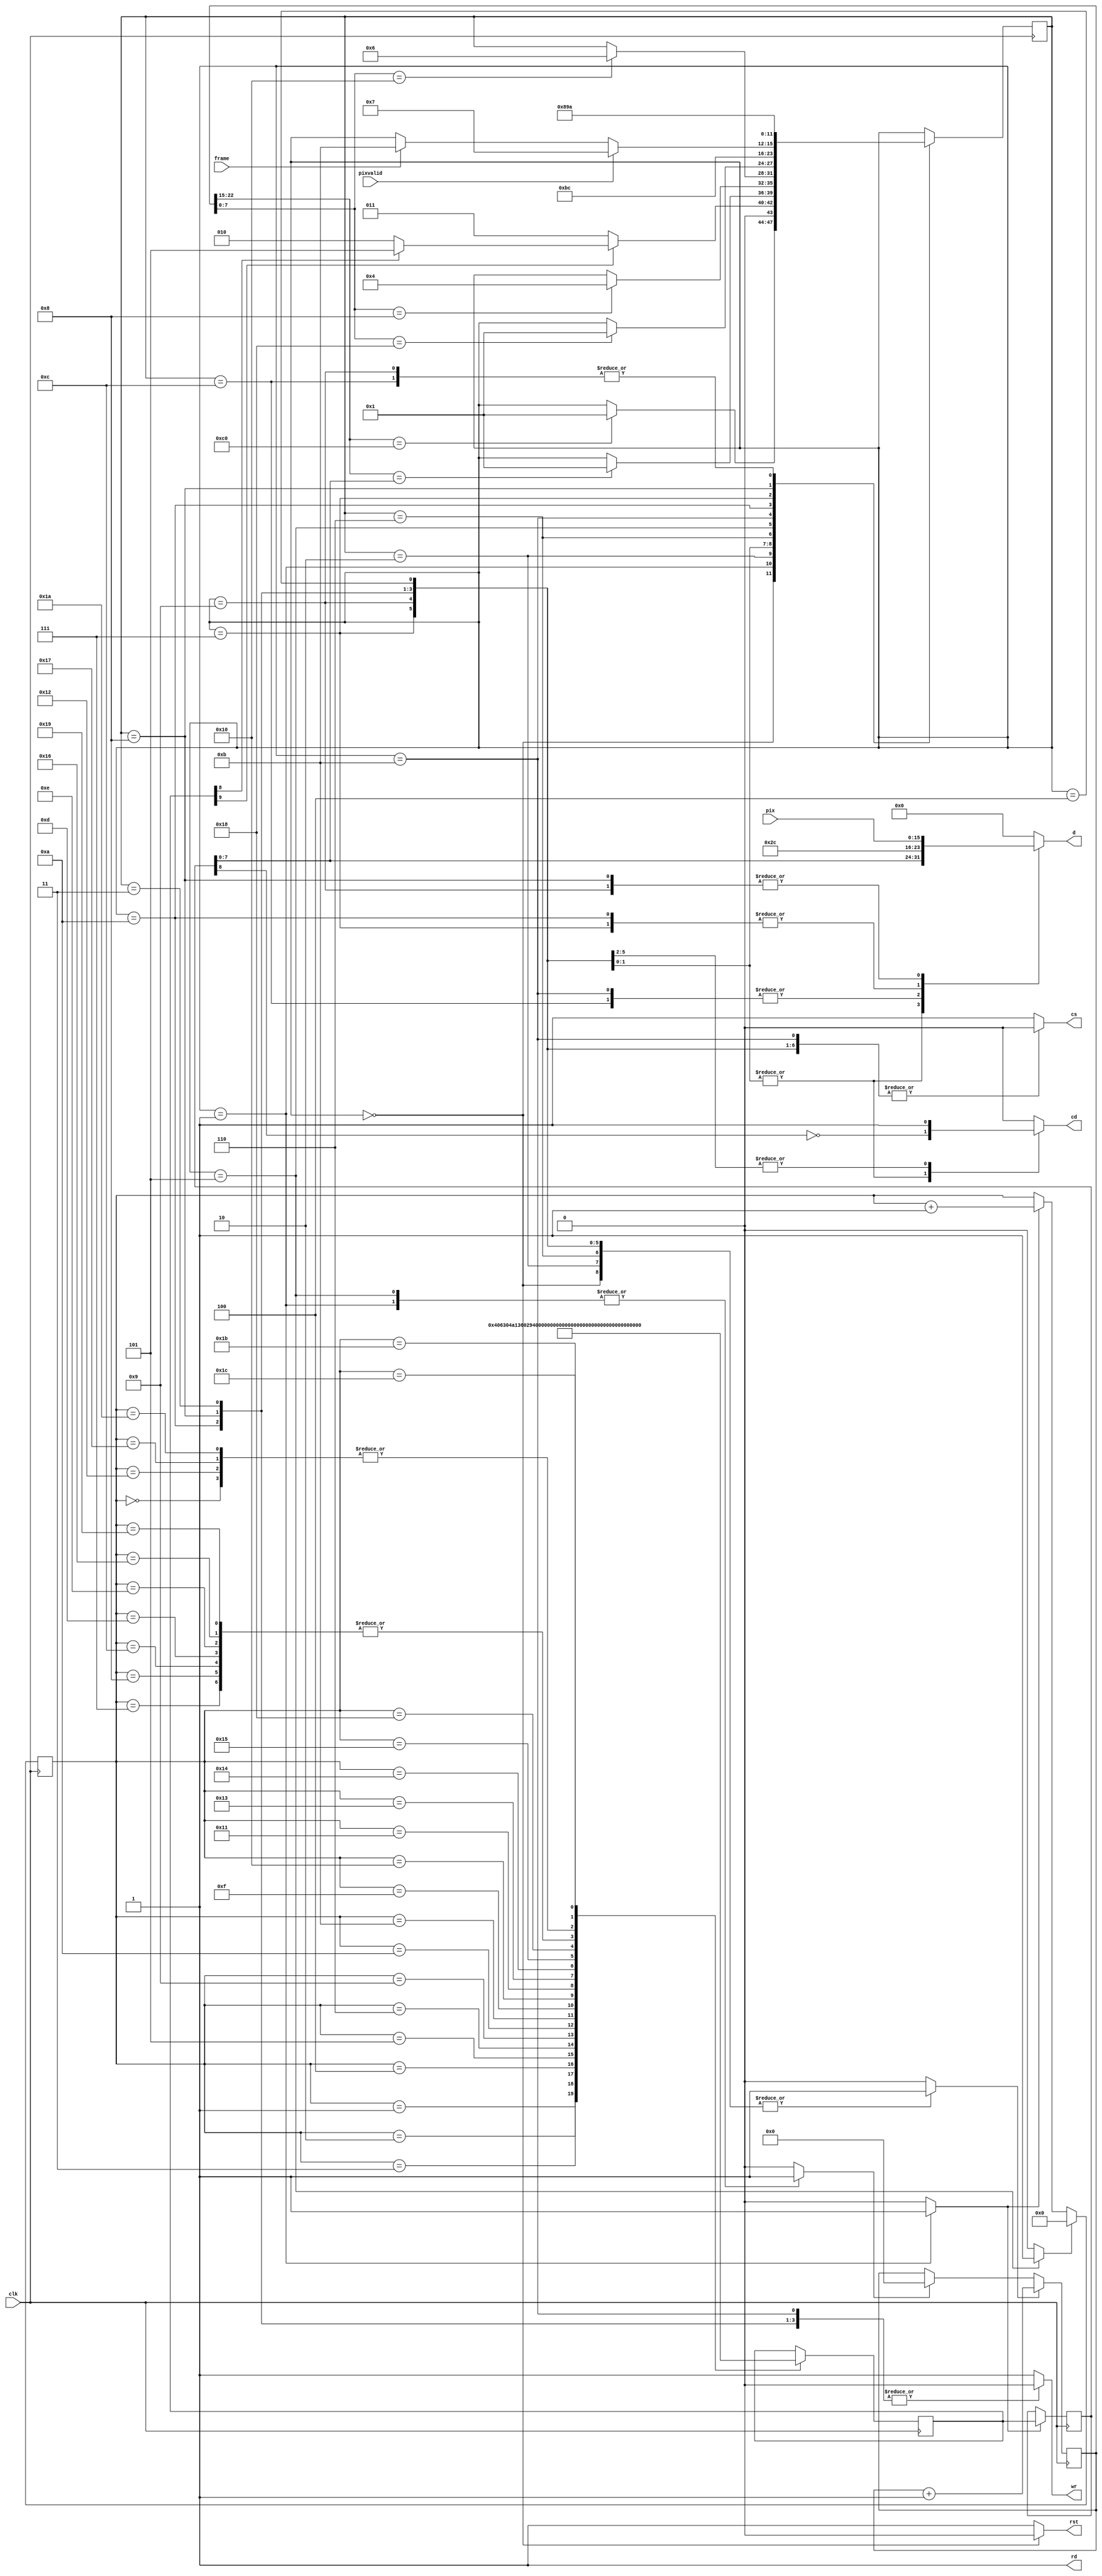
`timescale 1ns / 1ps

module lcddrv(
    input clk,
    output rst,
    output cs,
    output cd,
    output rd,
    output wr,
    output [7:0] d,
    input pixvalid,
    input [15:0] pix,
	 input frame
    );

reg [31:0] count;

parameter S_INIT = 4'b0000;
parameter S_DECODE = 4'b0001;
parameter S_DELAY = 4'b0010;
parameter S_WRITE1 = 4'b0011;
parameter S_WRITE2 = 4'b0100;
parameter S_END = 4'b0101;
parameter S_PAUSE = 4'b0110;
parameter S_LSB2 = 4'b0111;
parameter S_MSB1 = 4'b1000;
parameter S_MSB2 = 4'b1001;
parameter S_LSB1 = 4'b1010;
parameter S_WR1 = 4'b1011;
parameter S_WR2 = 4'b1100;

reg [3:0] state;

wire [6:0] romaddr;
reg [9:0] romdata;

reg [6:0] pc;
reg pc_en, cnt_rst, cnt_en;

reg [9:0] inst;

initial begin
	state = S_INIT;
	pc = 0;
	count = 0;
end

wire [7:0] count_low;
wire [7:0] count_high;

assign count_low = count[7:0];
assign count_high = count[22:15];

// SIM ONLY
//assign count_low = count[7:0];
//assign count_high = count[7:0];

always @(posedge clk) begin

		case (state)
			S_INIT: if (count_high == 8'hc0) // c0 = 200ms
							state <= S_DECODE;
			S_DECODE: if (romdata[9] == 1'b0)
								state <= S_WRITE1;
						 else
							if (romdata[8] == 1'b0)
								state <= S_DELAY;
							else
								state <= S_END;
			S_DELAY: if (count_high == inst[7:0])
								state <= S_DECODE;
			S_WRITE1: if (count_low == 8'h08) state <= S_WRITE2;
			S_WRITE2: if (count_low == 8'h10) state <= S_PAUSE;
			S_PAUSE : if (count_low == 8'h18) state <= S_DECODE;
			S_END: state <= S_WR1;
			S_WR1 : state <= S_WR2;
			S_WR2 : state <= S_LSB1;
			S_LSB1: /*if (count_low == 8'h08)*/ begin
				if (pixvalid) state <= S_LSB2;
				else if (frame) state <= S_WR1;
			end
			S_LSB2: /*if (count_low == 8'h10)*/ state <= S_MSB1;
			S_MSB1: /*if (count_low == 8'h18)*/ state <= S_MSB2;
			S_MSB2: /*if (count_low == 8'h20)*/ state <= S_LSB1;
		endcase
end

reg lcd_rst, lcd_cd, lcd_cs, lcd_wr, lcd_rd;
reg [7:0] lcd_d;

reg pc_rst;

assign rst = lcd_rst;
assign d = lcd_d;
assign cd = lcd_cd;
assign cs = lcd_cs;
assign wr = lcd_wr;
assign rd = lcd_rd;

always @(state, inst, pix) begin
	lcd_rst = 1'b1;
	pc_en = 1'b0;
	lcd_d = 8'h00;
	lcd_cd = 1'b0;
	lcd_cs = 1'b1;
	lcd_wr = 1'b1;
	lcd_rd = 1'b1;
	cnt_rst = 1'b0;
	cnt_en = 1'b0;
	pc_rst = 1'b0;
	
	case (state)
		S_INIT: begin
			lcd_rst = 1'b0;
			cnt_en = 1'b1;
		end
		S_DECODE: begin
			pc_en = 1'b1;
			cnt_rst = 1'b1;
		end
		S_DELAY: begin
			cnt_en = 1'b1;
		end
		S_WRITE1: begin
			lcd_d = inst[7:0];
			lcd_cd = ~inst[8];
			lcd_wr = 1'b0;
			lcd_cs = 1'b0;
			cnt_en = 1'b1;
		end
		S_WRITE2: begin
			lcd_d = inst[7:0];
			lcd_cd = ~inst[8];
			lcd_wr = 1'b1;
			lcd_cs = 1'b0;
			cnt_en = 1'b1;
		end
		S_PAUSE: begin
			cnt_en = 1'b1;
		end
		S_WR1: begin
			lcd_d = 8'h2c;
			lcd_cd = 1'b0;
			lcd_wr = 1'b0;
			lcd_cs = 1'b0;
		end
		S_WR2: begin
			lcd_d = 8'h2c;
			lcd_cd = 1'b0;
			lcd_wr = 1'b1;
			lcd_cs = 1'b0;
		end
		S_END : begin
			pc_rst = 1'b1;
			cnt_rst = 1'b1;
		end
		S_LSB1 : begin
			lcd_d = pix[15:8];
			lcd_cs = 1'b0;
			lcd_wr = 1'b0;
			lcd_cd = 1'b1;
			cnt_en = 1'b1;
		end
		S_LSB2 : begin
			lcd_d = pix[15:8];
			lcd_cs = 1'b0;
			lcd_wr = 1'b1;
			lcd_cd = 1'b1;
			cnt_en = 1'b1;
		end
		S_MSB1 : begin
			lcd_d = pix[7:0];
			lcd_cs = 1'b0;
			lcd_wr = 1'b0;
			lcd_cd = 1'b1;
			cnt_en = 1'b1;
		end
		S_MSB2 : begin
			lcd_d = pix[7:0];
			lcd_cs = 1'b0;
			lcd_wr = 1'b1;
			lcd_cd = 1'b1;
			cnt_en = 1'b1;
		end
	endcase
end

// delay counter
always @ (posedge clk)
begin
	if (cnt_rst)
		count <= 0;
	if (cnt_en)
		count <= count + 1;
end

//assign led = {4'b0000, state};

// instruction register
always @(posedge clk) begin
	if (pc_en) inst <= romdata;
end

// program counter
always @(posedge clk) begin
   if (pc_rst) pc <= 0;
	else if (pc_en) pc <= pc + 1; 
end

assign romaddr = pc;

// command ROM
always @(posedge clk) begin
	case (romaddr)
	// DELAY 120ms
		7'h00: romdata <= 10'h2c0;
	// soft rest
		7'h01: romdata <= 10'h101;
		// delay 50ms
		7'h02: romdata <= 10'h230;
		// display off
		7'h03: romdata <= 10'h128;
	// LCD_POWER1
		//7'h04: romdata <= 10'h1c0;
		//7'h05: romdata <= 10'h023;
	// LCD_POWER2
		//7'h06: romdata <= 10'h1c1;
		//7'h07: romdata <= 10'h010;
	// VCOM1
		//7'h08: romdata <= 10'h1c5;
	   //7'h09: romdata <= 10'h03e;
		//7'h0a: romdata <= 10'h028;
	// VCOM2
		//7'h0b: romdata <= 10'h1c7;
		//7'h0c: romdata <= 10'h086;
		
		//7'h0d: romdata <= 10'h230;
		
				// MADCTL
		7'h04: romdata <= 10'h136;
		7'h05: romdata <= 10'h00a; /// 0x048 portrait
		
		// column address
		7'h06: romdata <= 10'h12a;
		7'h07: romdata <= 10'h000;
		7'h08: romdata <= 10'h000;
		7'h09: romdata <= 10'h001;
		7'h0a: romdata <= 10'h03f;
		
	// page address
		7'h0b: romdata <= 10'h12b;
		7'h0c: romdata <= 10'h000;
		7'h0d: romdata <= 10'h000;
		7'h0e: romdata <= 10'h000;
		7'h0f: romdata <= 10'h0ef;

		
		// pixel format
		7'h10: romdata <= 10'h13a;
		7'h11: romdata <= 10'h055;
		
		// DELAY 120ms
		7'h12: romdata <= 10'h2c0;
	// frame rate
		//7'h12: romdata <= 10'h1b1;
		//7'h13: romdata <= 10'h000;
		//7'h14: romdata <= 10'h01b;	
	// entry mode set
	   7'h13: romdata <= 10'h1b7;	
		7'h14: romdata <= 10'h007;		

	// sleep out
	   7'h15: romdata <= 10'h111;
		7'h16 : romdata <= 10'h000;
	// DELAY 120ms
		7'h17: romdata <= 10'h2c0;
	// display on
		7'h18 : romdata <= 10'h129;
		7'h19 : romdata <= 10'h000;
	// DELAY 120ms
		7'h1a: romdata <= 10'h2c0;

	// set address window

		//7'h1a : romdata <= 10'h100;
		//7'h1b : romdata <= 10'h100;
		
	   
	
	// GRAM write
		7'h1b: romdata <= 10'h12c;
		
	// END
		7'h1c: romdata <= 10'h300;
	endcase
end

endmodule